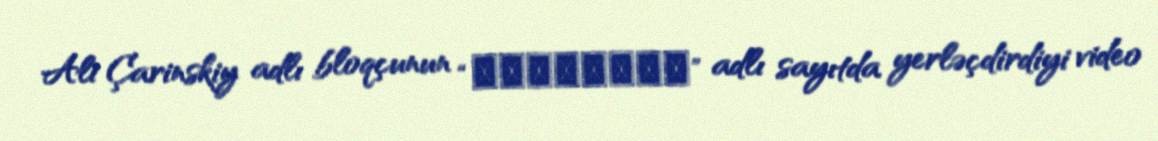
Ali Çarinskiy adlı bloqçunun “Кавполит” adlı sayıtda yerləçdirdiyi video